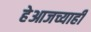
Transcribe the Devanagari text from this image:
हेआजच्याही